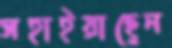
সহাইয়াছেন